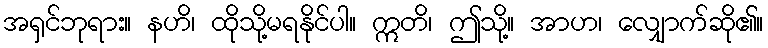
အရှင်ဘုရား။ နဟိ၊ ထိုသို့မရနိုင်ပါ။ ဣတိ၊ ဤသို့။ အာဟ၊ လျှောက်ဆို၏။